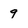
Character: 9